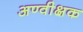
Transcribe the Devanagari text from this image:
अण्वीक्षक